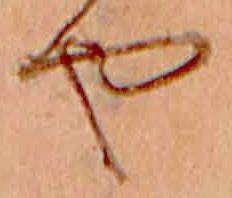
や